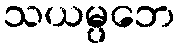
သယမ္ပဘေ